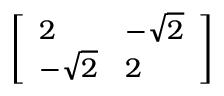
\left[ { \begin{array} { l l } { 2 } & { - { \sqrt { 2 } } } \\ { - { \sqrt { 2 } } } & { 2 } \end{array} } \right]